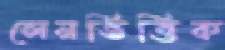
লেনভিত্তিক